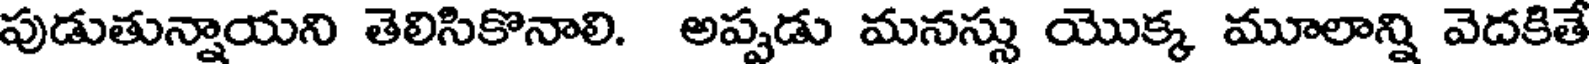
పుడుతున్నాయని తెలిసికొనాలి. అప్పడు మనస్సు యొక్క మూలాన్ని వెదకితే